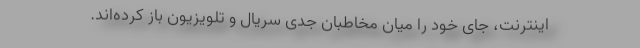
اینترنت، جای خود را میان مخاطبان جدی سریال و تلویزیون باز کرده‌اند.